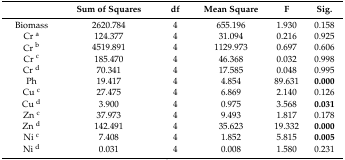
<table><thead><tr><td></td><td><b>Sum of Squares</b></td><td><b>df</b></td><td><b>Mean Square</b></td><td><b>F</b></td><td><b>Sig.</b></td></tr></thead><tbody><tr><td>Biomass</td><td>2620.784</td><td>4</td><td>655.196</td><td>1.930</td><td>0.158</td></tr><tr><td>Cr <sup>a</sup></td><td>124.377</td><td>4</td><td>31.094</td><td>0.216</td><td>0.925</td></tr><tr><td>Cr <sup>b</sup></td><td>4519.891</td><td>4</td><td>1129.973</td><td>0.697</td><td>0.606</td></tr><tr><td>Cr <sup>c</sup></td><td>185.470</td><td>4</td><td>46.368</td><td>0.032</td><td>0.998</td></tr><tr><td>Cr <sup>d</sup></td><td>70.341</td><td>4</td><td>17.585</td><td>0.048</td><td>0.995</td></tr><tr><td>Ph</td><td>19.417</td><td>4</td><td>4.854</td><td>89.631</td><td><b>0.000</b></td></tr><tr><td>Cu <sup>c</sup></td><td>27.475</td><td>4</td><td>6.869</td><td>2.140</td><td>0.126</td></tr><tr><td>Cu <sup>d</sup></td><td>3.900</td><td>4</td><td>0.975</td><td>3.568</td><td><b>0.031</b></td></tr><tr><td>Zn <sup>c</sup></td><td>37.973</td><td>4</td><td>9.493</td><td>1.817</td><td>0.178</td></tr><tr><td>Zn <sup>d</sup></td><td>142.491</td><td>4</td><td>35.623</td><td>19.332</td><td><b>0.000</b></td></tr><tr><td>Ni <sup>c</sup></td><td>7.408</td><td>4</td><td>1.852</td><td>5.815</td><td><b>0.005</b></td></tr><tr><td>Ni <sup>d</sup></td><td>0.031</td><td>4</td><td>0.008</td><td>1.580</td><td>0.231</td></tr></tbody></table>